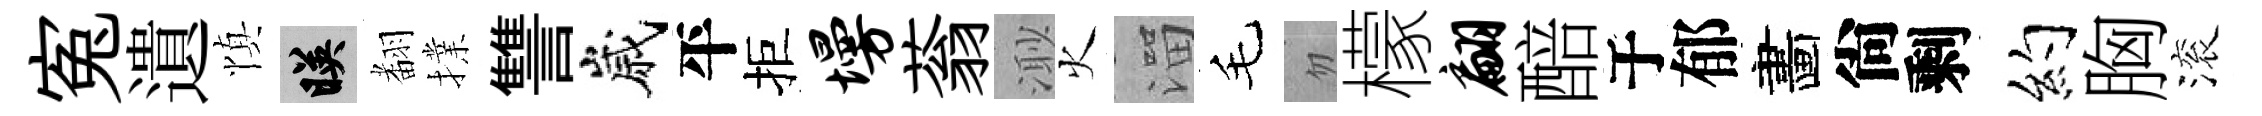
寃遺慎映𮋒擈讐嵗平拒墁蓊𣺌火溜毛忽檬翩醅于郁畵尙剩约胸滚